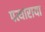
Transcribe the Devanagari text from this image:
पत्थाराया